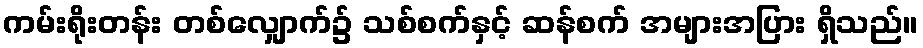
ကမ်းရိုးတန်း တစ်လျှောက်၌ သစ်စက်နှင့် ဆန်စက် အများအပြား ရှိသည်။